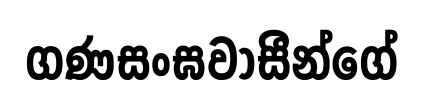
ගණසංඝවාසීන්ගේ